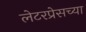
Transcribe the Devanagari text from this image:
लेटरप्रेसच्या